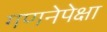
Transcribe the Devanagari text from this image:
गणनेपेक्षा